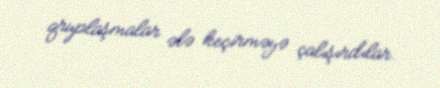
qruplaşmalar ələ keçirməyə çalışırdılar.